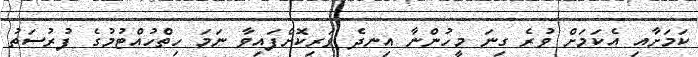
ކަމަށާއި އެކަމަށް ވުރެ ގިނަ މީހުންނާ އިނދެ ވަރިކޮށްފައިވާ ނަމަ ހިތްހުއްޓުމުގެ ފުރުސަތު